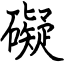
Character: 礙